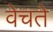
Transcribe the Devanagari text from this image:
वेचते